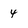
Character: 4